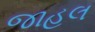
જાહલ